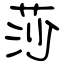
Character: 莎